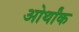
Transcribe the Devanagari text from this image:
ओर्थांक